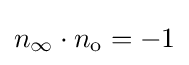
n_{\infty }\cdot n_{\text{o}}=-1